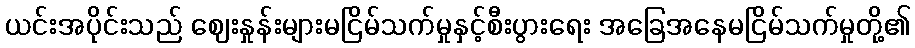
ယင်းအပိုင်းသည် ဈေးနှုန်းများမငြိမ်သက်မှုနှင့်စီးပွားရေး အခြေအနေမငြိမ်သက်မှုတို့၏